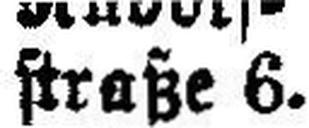
straße 6.